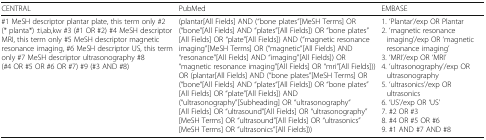
<table><thead><tr><td><b>CENTRAL</b></td><td><b>PubMed</b></td><td><b>EMBASE</b></td></tr></thead><tbody><tr><td>#1 MeSH descriptor plantar plate, this term only #2 (* planta*) :ti,ab,kw #3 (#1 OR #2) #4 MeSH descriptor MRI, this term only #5 MeSH descriptor magnetic resonance imaging, #6 MeSH descriptor US, this term only #7 MeSH descriptor ultrasonography #8 (#4 OR #5 OR #6 OR #7) #9 (#3 AND #8)</td><td>(plantar[All Fields] AND (“bone plates”[MeSH Terms] OR (“bone”[All Fields] AND “plates”[All Fields]) OR “bone plates”[All Fields] OR “plate”[All Fields]) AND (“magnetic resonance imaging”[MeSH Terms] OR (“magnetic”[All Fields] AND “resonance”[All Fields] AND “imaging”[All Fields]) OR “magnetic resonance imaging”[All Fields] OR “mri”[All Fields])) OR (plantar[All Fields] AND (“bone plates”[MeSH Terms] OR (“bone“[All Fields] AND “plates“[All Fields]) OR “bone plates”[All Fields] OR “plate”[All Fields]) AND (“ultrasonography”[Subheading] OR “ultrasonography“[All Fields] OR “ultrasound”[All Fields] OR “ultrasonography”[MeSH Terms] OR “ultrasound”[All Fields] OR “ultrasonics”[MeSH Terms] OR “ultrasonics”[All Fields]))</td><td>1. ‘Plantar’/exp OR Plantar2. ‘magnetic resonance imaging’/exp OR ‘magnetic resonance imaging’3. ‘MRI’/exp OR ‘MRI’4. ‘ultrasonography’/exp OR ultrasonography5. ‘ultrasonics’/exp OR ultrasonics6. ‘US’/exp OR ‘US’7. #2 OR #38. #4 OR #5 OR #69. #1 AND #7 AND #8</td></tr></tbody></table>